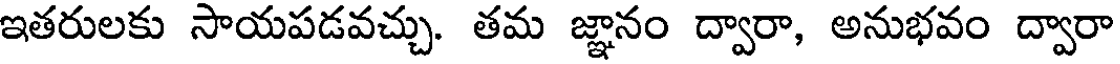
ఇతరులకు సాయపడవచ్చు. తమ జ్ఞానం ద్వారా, అనుభవం ద్వారా